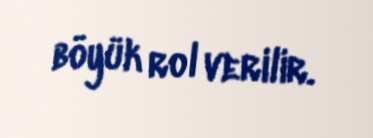
böyük rol verilir.